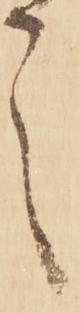
言